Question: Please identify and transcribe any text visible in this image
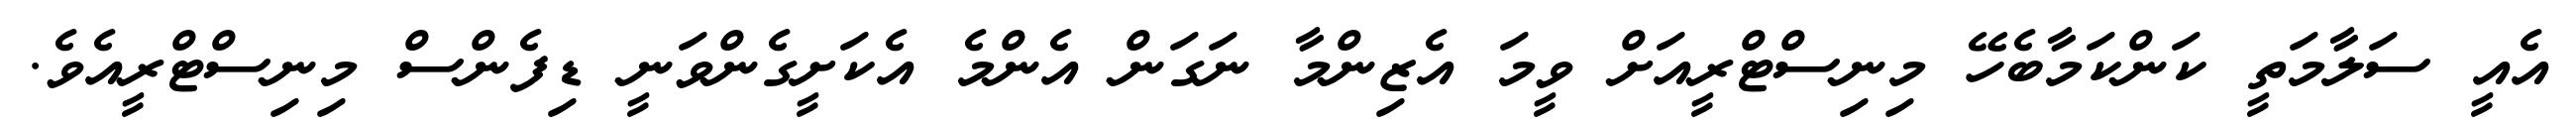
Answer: އެއީ ސަލާމަތީ ކަންކަމާބެހޭ މިނިސްޓްރީއަށް ވީމަ އެޒިންމާ ނަގަން އެންމެ އެކަށީގެންވަނީ ޑިފެންސް މިނިސްޓްރީއެވެ.